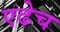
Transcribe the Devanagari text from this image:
एढेच